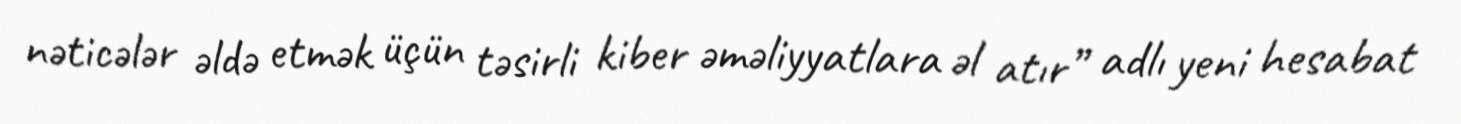
nəticələr əldə etmək üçün təsirli kiber əməliyyatlara əl atır” adlı yeni hesabat